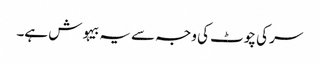
سر کی چوٹ کی وجہ سے یہ بیہوش ہے۔